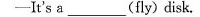
—It^{\prime}s a___(fly) disk.